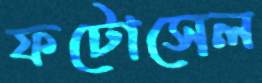
ফটোসেল